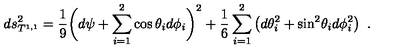
d s _ { T ^ { 1 , 1 } } ^ { 2 } = { \frac { 1 } { 9 } } \bigg ( d \psi + \sum _ { i = 1 } ^ { 2 } \cos \theta _ { i } d \phi _ { i } \bigg ) ^ { 2 } + { \frac { 1 } { 6 } } \sum _ { i = 1 } ^ { 2 } \left( d \theta _ { i } ^ { 2 } + \mathrm { s i n } ^ { 2 } \theta _ { i } d \phi _ { i } ^ { 2 } \right) \ .